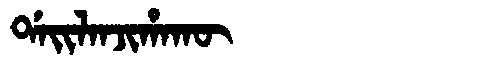
Manchu: ᡩᠠᡳᠯᠠᠨᠵᡳᡥᠠᡴᡡ
Romanization: DAILANJIHAKŪ